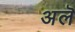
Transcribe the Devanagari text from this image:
अलॆ